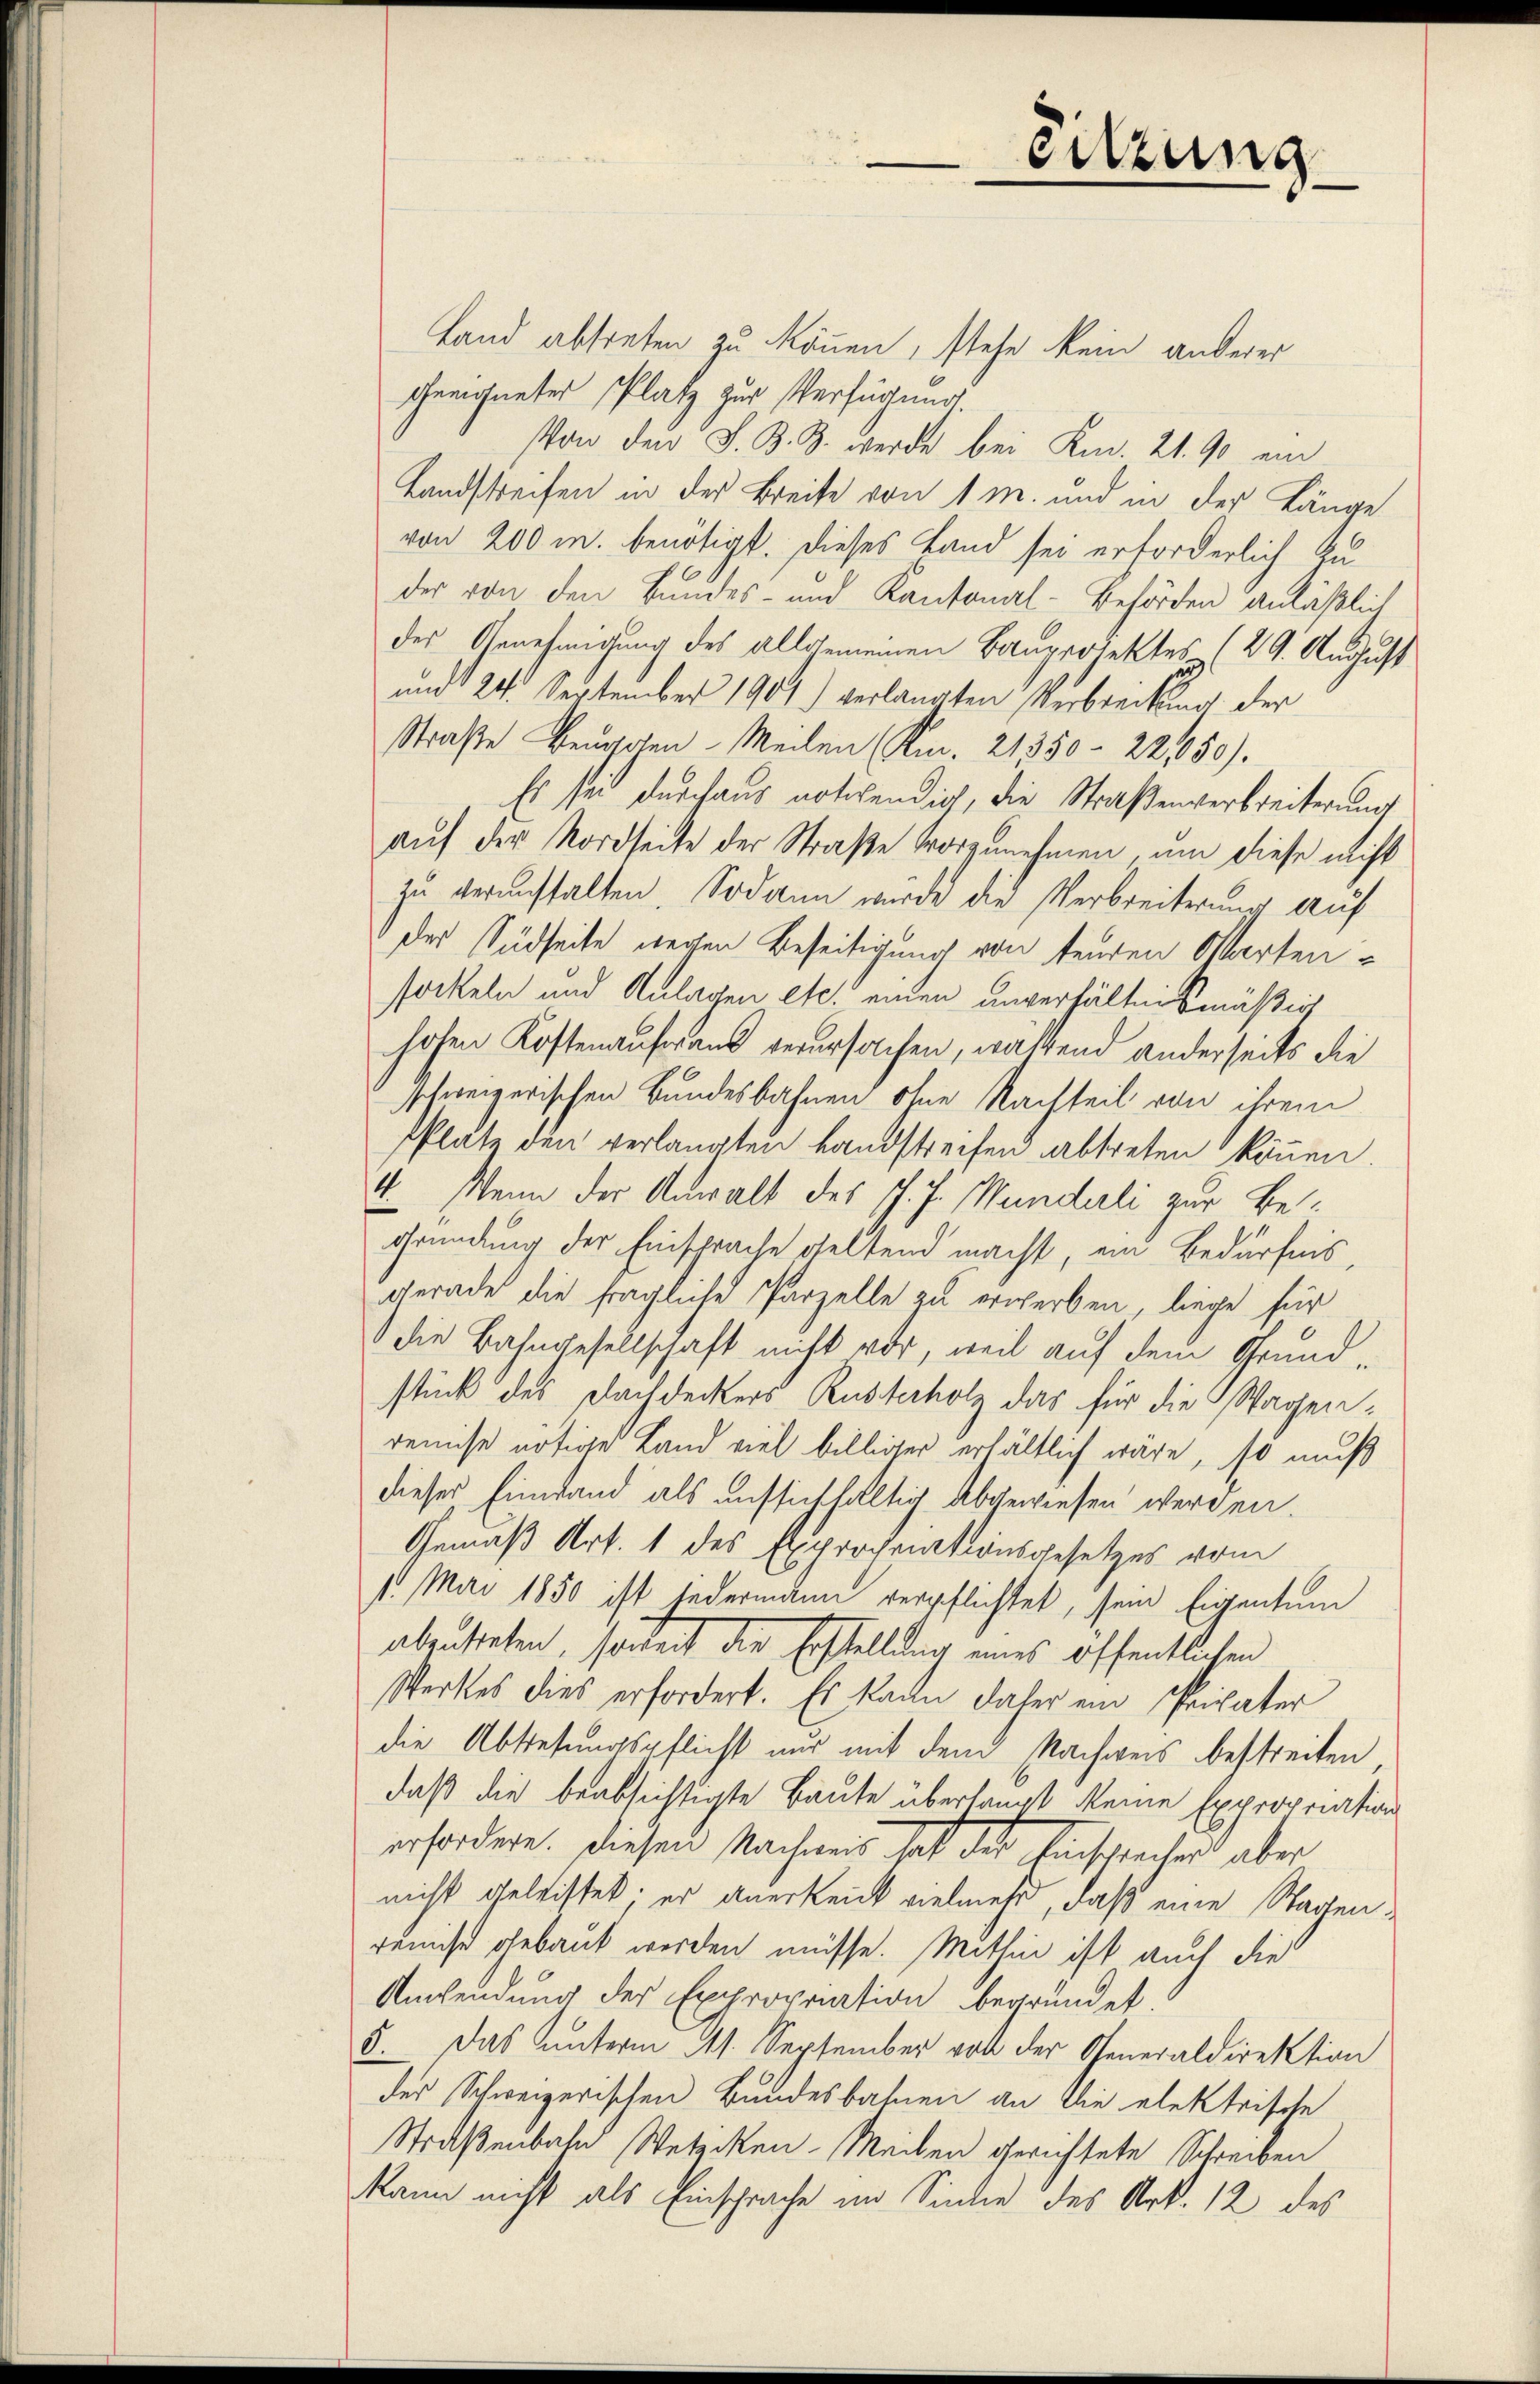
Land abtreten zu können, stehe kein anderer
geeignetes Platz zur Verfügung
Von den S. Z. Z. werde bei Kr. 21. 90 ein
Landstreifen in der Breite von 1 m. und in der Länge
von 200 m. benötigt. Dieses Land sei erforderlich zuder von den Bundes- und Kantonal-Behörden anläßlich
des Genehmigung des allgemeinen Bauprojektes 129. August
und 24 September 1901) verlangten Verbreitung der
Straße Beuggen Meilen (Km. 21350-22,850).
Es sei durchaus notwendig, die Straßenverbreiterung
auf der Nordseite der Straße vorzunehmen, um diese nicht
zu veranstalten. Sodann wurde die Verbreiterung auf
des Südseite wegen Beseitigung von teuren Wartensockeln und Anlagen etc. einen unverhältnißmäßig
hohen Kostenaufwand verursachen, waltend anderseits die
schweizerischen Bundesbahnen ohne Nachteil von ihrem
PPlatz den verlangten Landstreifen abtreten können.
4. Wenn der Anwalt des J. J. Mündeli zur Begründung der Einsprache geltend macht, ein Bedürfnis,
gerade die fragliche Parzelle zu erwerben, liege für
die Bahngesellschaft nicht vor, weil auf dem Grundstück des Dachdeckers Rusterholz das für die Wagenremise nötige Land viel billiger erhältlich wäre, so muß
dieser Einwand als aussichfaltig abgewiesen werden.
Gemäß Art. 1 des Exprochnationsgesetzes vom
1. Mai 1850 ist jedermann verpflichtet, sein Eigentum
abzusteten, sondert die Erstellung eines öffentlichen
Werkes dies erfordert. Es kann daher ein Privater
die Abstehungspflicht nur mit dem Nachweis bestreiten
daß die beabsichtigte Baute überlangt keine Expropriation
erfordere. Diesen Nachmeis hat der Einsprechen aber
nicht geleistet; er anerkeit vielmehr, daß eine Stagenrenist gebaut werden müsse. Mithin ist auch die
Ansendung der Expropriation begründet.
5. Das Unterm 11. September voll der Generaldirektion
der Schweizerischen Bundesbahnen an die elektrische
Straßenbahn Wetziken-Meilen gerichtete Schreiben
kann nicht als Einsprache im Sinne des Art. 12 des

eitzung
e